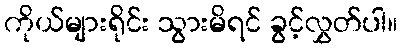
ကိုယ်များရိုင်း သွားမိရင် ခွင့်လွှတ်ပါ။